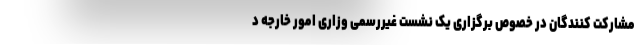
مشارکت کنندگان در خصوص برگزاری یک نشست غیررسمی وزاری امور خارجه د